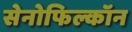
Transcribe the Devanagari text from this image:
सेनोफिल्कॉन